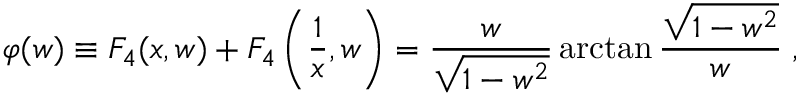
\varphi ( w ) \equiv F _ { 4 } ( x , w ) + F _ { 4 } \left( \frac { 1 } { x } , w \right) = \frac { w } { \sqrt { 1 - w ^ { 2 } } } \arctan \frac { \sqrt { 1 - w ^ { 2 } } } { w } \; ,